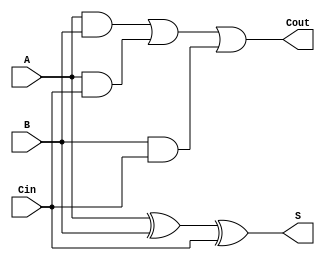
module bit_adder(S, Cout, A, B, Cin);
    input A, B, Cin;
    output S, Cout;
    
    wire w1, w2, w3;
    
    xor Sresult(S, A, B, Cin);
    and A_and_B(w1, A, B);
    and A_and_Cin(w2, A, Cin);
    and B_and_Cin(w3, B, Cin);
    or out(Cout, w1, w2, w3);
endmodule